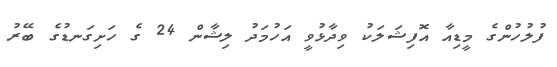
ފުލުހުންގެ މީޑިއާ އޮފިޝަލަކު ވިދާޅުވީ އަހުމަދު ލިޝާން 24 ގެ ހަށިގަނޑުގެ ބޭރު